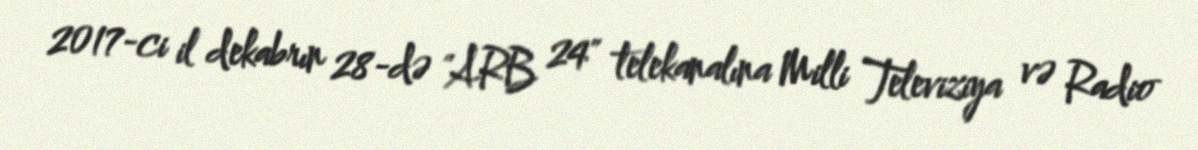
2017-ci il dekabrın 28-də "ARB 24" telekanalına Milli Televiziya və Radio